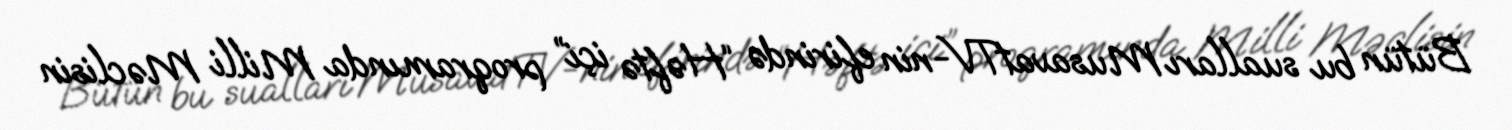
Bütün bu sualları MusavatTV-nin efirində “Həftə içi” proqramında Milli Məclisin